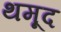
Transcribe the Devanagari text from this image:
थमूद